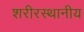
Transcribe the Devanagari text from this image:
शरीरस्थानीय